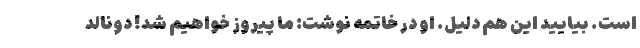
است. بیایید این هم دلیل. او در خاتمه نوشت: ما پیروز خواهیم شد! دونالد